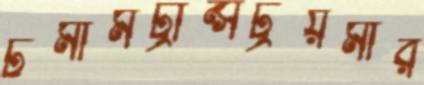
টমামট্রান্সট্রয়মার